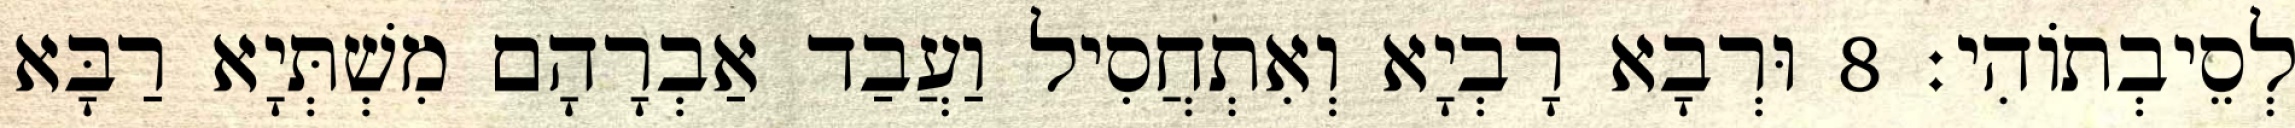
לְסֵיבְתוֹהִי׃ 8 וּרְבָא רָבְיָא וְאִתְחֲסִיל וַעֲבַד אַבְרָהָם מִשְׁתְּיָא רַבָּא